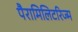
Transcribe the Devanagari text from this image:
पैरामिलिटरिज्म